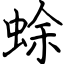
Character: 蜍